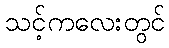
သင့်ကလေးတွင်